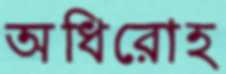
অধিরোহ